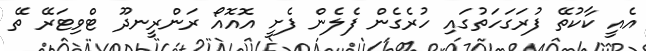
އެއީ ކާކުތޭ ފުރަގަހަތުގައި ހުރެގެން ފެލެން ފެށީ އޮއޮއޯ ރަންރީނދޫ ޓްވިޓަރޭ ތޭ